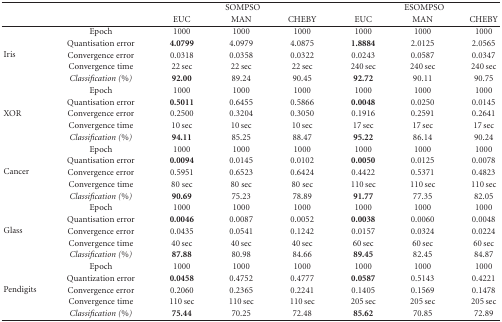
<table><thead><tr><td></td><td></td><td colspan="3"><b>SOMPSO</b></td><td colspan="3"><b>ESOMPSO</b></td></tr><tr><td></td><td></td><td><b>EUC</b></td><td><b>MAN</b></td><td><b>CHEBY</b></td><td><b>EUC</b></td><td><b>MAN</b></td><td><b>CHEBY</b></td></tr></thead><tbody><tr><td rowspan="5">Iris</td><td>Epoch</td><td>1000</td><td>1000</td><td>1000</td><td>1000</td><td>1000</td><td>1000</td></tr><tr><td>Quantisation error</td><td><b>4.0799</b></td><td>4.0979</td><td>4.0875</td><td><b>1.8884</b></td><td>2.0125</td><td>2.0565</td></tr><tr><td>Convergence error</td><td>0.0318</td><td>0.0358</td><td>0.0322</td><td>0.0243</td><td>0.0587</td><td>0.0347</td></tr><tr><td>Convergence time</td><td>22 sec</td><td>22 sec</td><td>22 sec</td><td>240 sec</td><td>240 sec</td><td>240 sec</td></tr><tr><td><i>Classification (%)</i></td><td><b>92.00</b></td><td>89.24</td><td>90.45</td><td><b>92.72</b></td><td>90.11</td><td>90.75</td></tr><tr><td rowspan="5">XOR</td><td>Epoch</td><td>1000</td><td>1000</td><td>1000</td><td>1000</td><td>1000</td><td>1000</td></tr><tr><td>Quantisation error</td><td><b>0.5011</b></td><td>0.6455</td><td>0.5866</td><td><b>0.0048</b></td><td>0.0250</td><td>0.0145</td></tr><tr><td>Convergence error</td><td>0.2500</td><td>0.3204</td><td>0.3050</td><td>0.1916</td><td>0.2591</td><td>0.2641</td></tr><tr><td>Convergence time</td><td>10 sec</td><td>10 sec</td><td>10 sec</td><td>17 sec</td><td>17 sec</td><td>17 sec</td></tr><tr><td><i>Classification (%)</i></td><td><b>94.11</b></td><td>85.25</td><td>88.47</td><td><b>95.22</b></td><td>86.14</td><td>90.24</td></tr><tr><td rowspan="5">Cancer</td><td>Epoch</td><td>1000</td><td>1000</td><td>1000</td><td>1000</td><td>1000</td><td>1000</td></tr><tr><td>Quantisation error</td><td><b>0.0094</b></td><td>0.0145</td><td>0.0102</td><td><b>0.0050</b></td><td>0.0125</td><td>0.0078</td></tr><tr><td>Convergence error</td><td>0.5951</td><td>0.6523</td><td>0.6424</td><td>0.4422</td><td>0.5371</td><td>0.4823</td></tr><tr><td>Convergence time</td><td>80 sec</td><td>80 sec</td><td>80 sec</td><td>110 sec</td><td>110 sec</td><td>110 sec</td></tr><tr><td><i>Classification (%)</i></td><td><b>90.69</b></td><td>75.23</td><td>78.89</td><td><b>91.77</b></td><td>77.35</td><td>82.05</td></tr><tr><td rowspan="5">Glass</td><td>Epoch</td><td>1000</td><td>1000</td><td>1000</td><td>1000</td><td>1000</td><td>1000</td></tr><tr><td>Quantisation error</td><td><b>0.0046</b></td><td>0.0087</td><td>0.0052</td><td><b>0.0038</b></td><td>0.0060</td><td>0.0048</td></tr><tr><td>Convergence error</td><td>0.0435</td><td>0.0541</td><td>0.1242</td><td>0.0157</td><td>0.0324</td><td>0.0224</td></tr><tr><td>Convergence time</td><td>40 sec</td><td>40 sec</td><td>40 sec</td><td>60 sec</td><td>60 sec</td><td>60 sec</td></tr><tr><td><i>Classification (%)</i></td><td><b>87.88</b></td><td>80.98</td><td>84.66</td><td><b>89.45</b></td><td>82.45</td><td>84.87</td></tr><tr><td rowspan="5">Pendigits</td><td>Epoch</td><td>1000</td><td>1000</td><td>1000</td><td>1000</td><td>1000</td><td>1000</td></tr><tr><td>Quantization error</td><td><b>0.0458</b></td><td>0.4752</td><td>0.4777</td><td><b>0.0587</b></td><td>0.5143</td><td>0.4221</td></tr><tr><td>Convergence error</td><td>0.2060</td><td>0.2365</td><td>0.2241</td><td>0.1405</td><td>0.1569</td><td>0.1478</td></tr><tr><td>Convergence time</td><td>110 sec</td><td>110 sec</td><td>110 sec</td><td>205 sec</td><td>205 sec</td><td>205 sec</td></tr><tr><td><i>Classification (%)</i></td><td><b>75.44</b></td><td>70.25</td><td>72.48</td><td><b>85.62</b></td><td>70.85</td><td>72.89</td></tr></tbody></table>